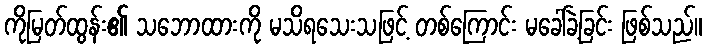
ကိုမြတ်ထွန်း၏ သဘောထားကို မသိရသေးသဖြင့် တစ်ကြောင်း မခေါ်ခဲ့ခြင်း ဖြစ်သည်။